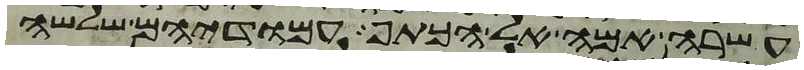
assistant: עשרה אמה אל הכתף עמודיהם שלשה